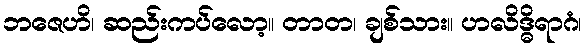
ဘဇေဟိ၊ ဆည်းကပ်လော့။ တာတ၊ ချစ်သား။ ဟလိဒ္ဓိရာဂံ၊